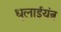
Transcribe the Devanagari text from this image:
धुलाईयंत्र